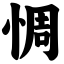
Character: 惆